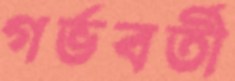
গর্ভবর্তী